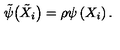
{ \tilde { \psi } } \big ( { \tilde { X } } _ { i } \big ) = \rho \psi \left( X _ { i } \right) .